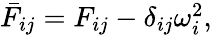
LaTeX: \begin{array}{r}{\bar{F}_{ij}=F_{ij}-\delta_{ij}\omega_{i}^{2},}\end{array}